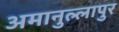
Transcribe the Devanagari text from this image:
अमानुल्लापुर